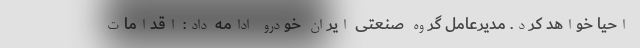
احیا خواهد کرد. مدیرعامل گروه صنعتی ایران خودرو ادامه داد: اقدامات